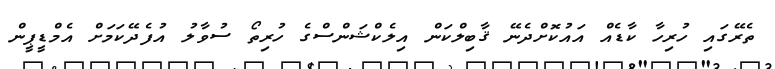
ތެރޭގައި ހުރިހާ ކާޑެއް އައުކޮށްދެނޭ ޤާބިލްކަން އިލެކްޝަންސްގެ ހުރިތޯ ސުވާލު އުފެދޭކަމަށް އެމްޑީޕީން